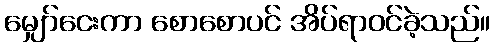
မျှော်ငေးကာ စောစောပင် အိပ်ရာဝင်ခဲ့သည်။